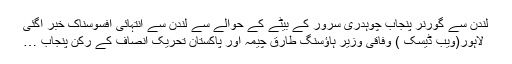
لندن سے گورنر پنجاب چوہدری سرور کے بیٹے کے حوالے سے لندن سے انتہائی افسوسناک خبر آگئی
لاہور(ویب ڈیسک ) وفاقی وزیر ہاؤسنگ طارق چیمہ اور پاکستان تحریک انصاف کے رکن پنجاب …